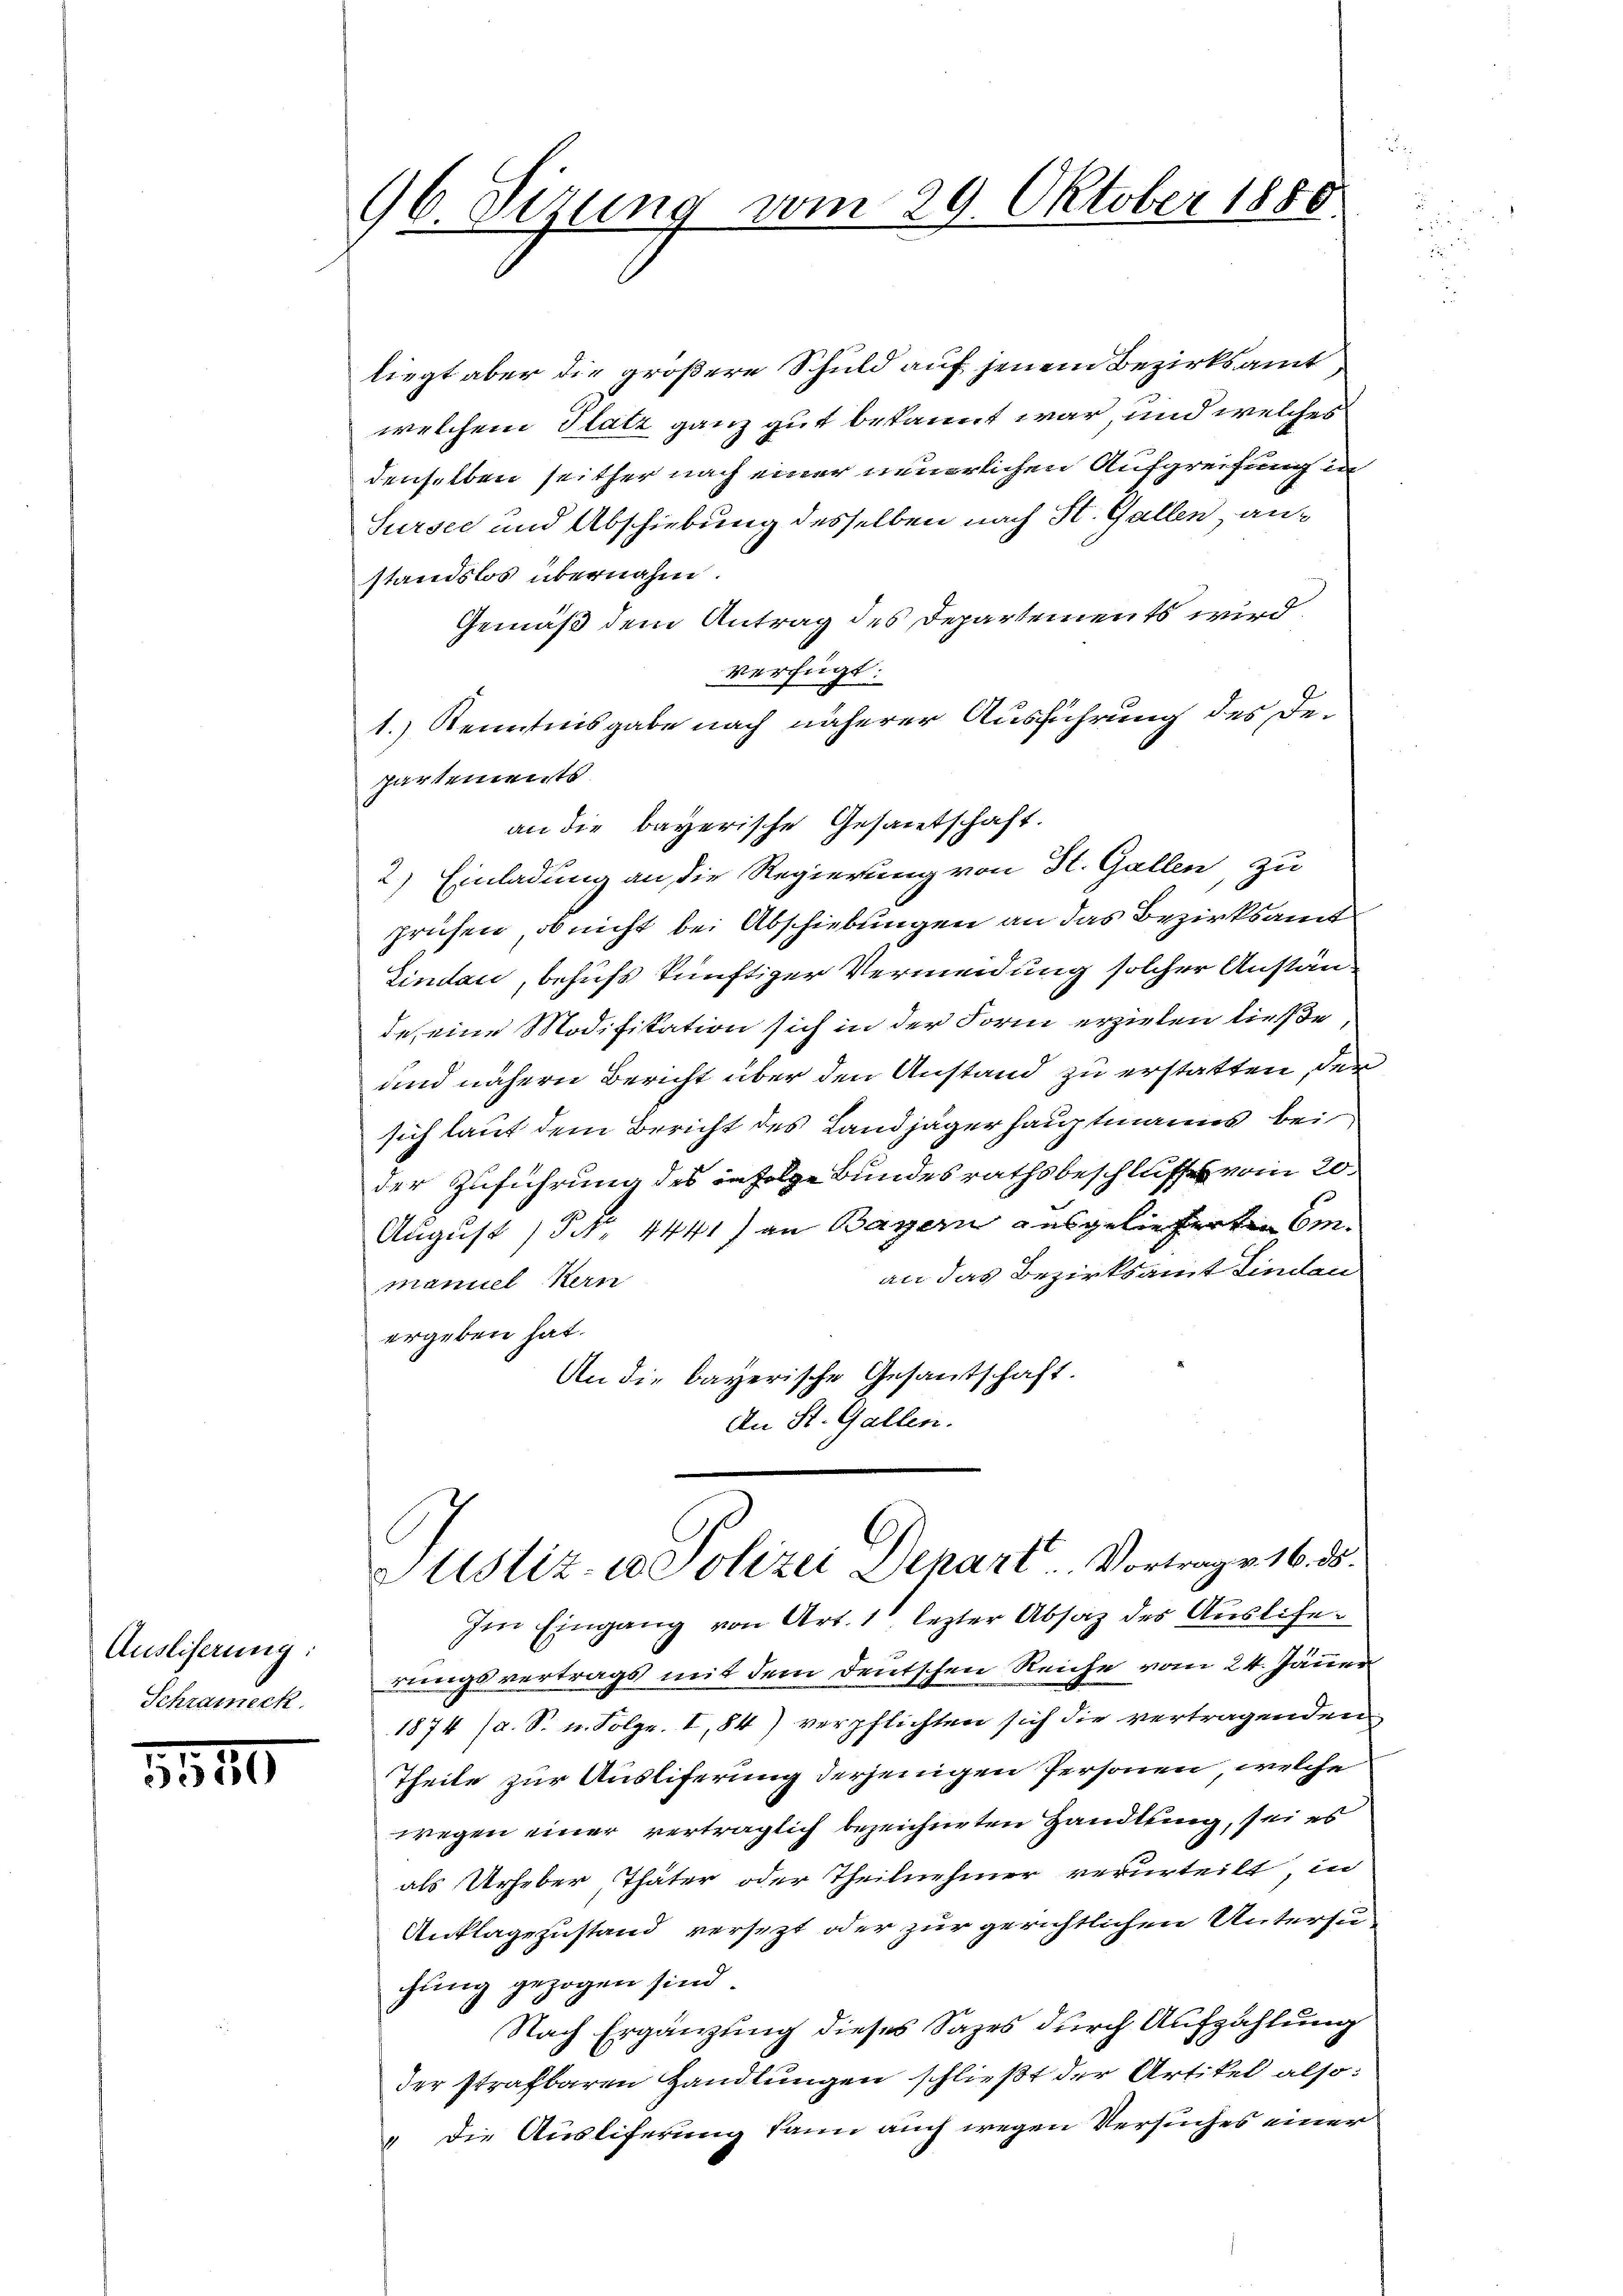
Ausliserung:
Schrameck

551

96. Sizung vom 20. Oktober 1880.

liegt aber die größere Schuld auf jenem Bezirksamt
welchem Platz ganz gut bekannt war, und welches
denselben seither nach einer neuerlichen Aufgreifung in
Sursee und Abschiebung desselben nach St. Gallen, anstandslos übernahm.
Gemäß dem Antrag des Departements wird
verfügt:
1.) Kenntnisgabe nach näherer Ausführung des Departements
an die bayerische Gesamtschaft.
2) Einladung an die Regierung von St. Gallen, zu
prüfen, ob nicht bei Abschiebungen an das Bezirksamt
Lindau, behufs künftiger Vermeidung solcher Anstande, eine Modifikation sich in der Form erziehen ließe
und nähern Bericht über den Anstand zu erstatten, der
sich laut dem Bericht des Landjägerhauptmanns bei
der Zuführung des in Folge Bundesrathsbeschlusses vom 20.
August (S. 4441) an Bayern ausgelieferten Eman das Bezirksamt finden
manuel Kern
ergeben hat.
An die bayerische Gesantschaft.
An St. Gallen.
Justiz- u. Polizei Depart. Vortrages 16. ds.
Im Eingang von Art. 1 lezter Absatz des Auslierungsvertrags mit dem deutschen Reiche vom 24. Jäner
1874 (a. S. u. Folge. I, 84) verpflichten sich die vertragenden
Theile zur Ausliferung derjenigen Personen, welche
wegen einer verträglich bezeichneten Handlung, sei es
als Urheber, Thäter oder Theilnehmer verurteilt in
Anklagezustand versetzt oder zur gerichtlichen Untersuhung gezogen sind.
Nach Ergänzung dieses Sages durch Aufzählung
der strafbaren Handlungen schließt der Artikel also:
„Die Ausliferung kann auch wegen Versuches einer